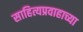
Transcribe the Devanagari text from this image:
साहित्यप्रवाहाच्या